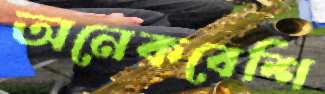
অনেকবেশি